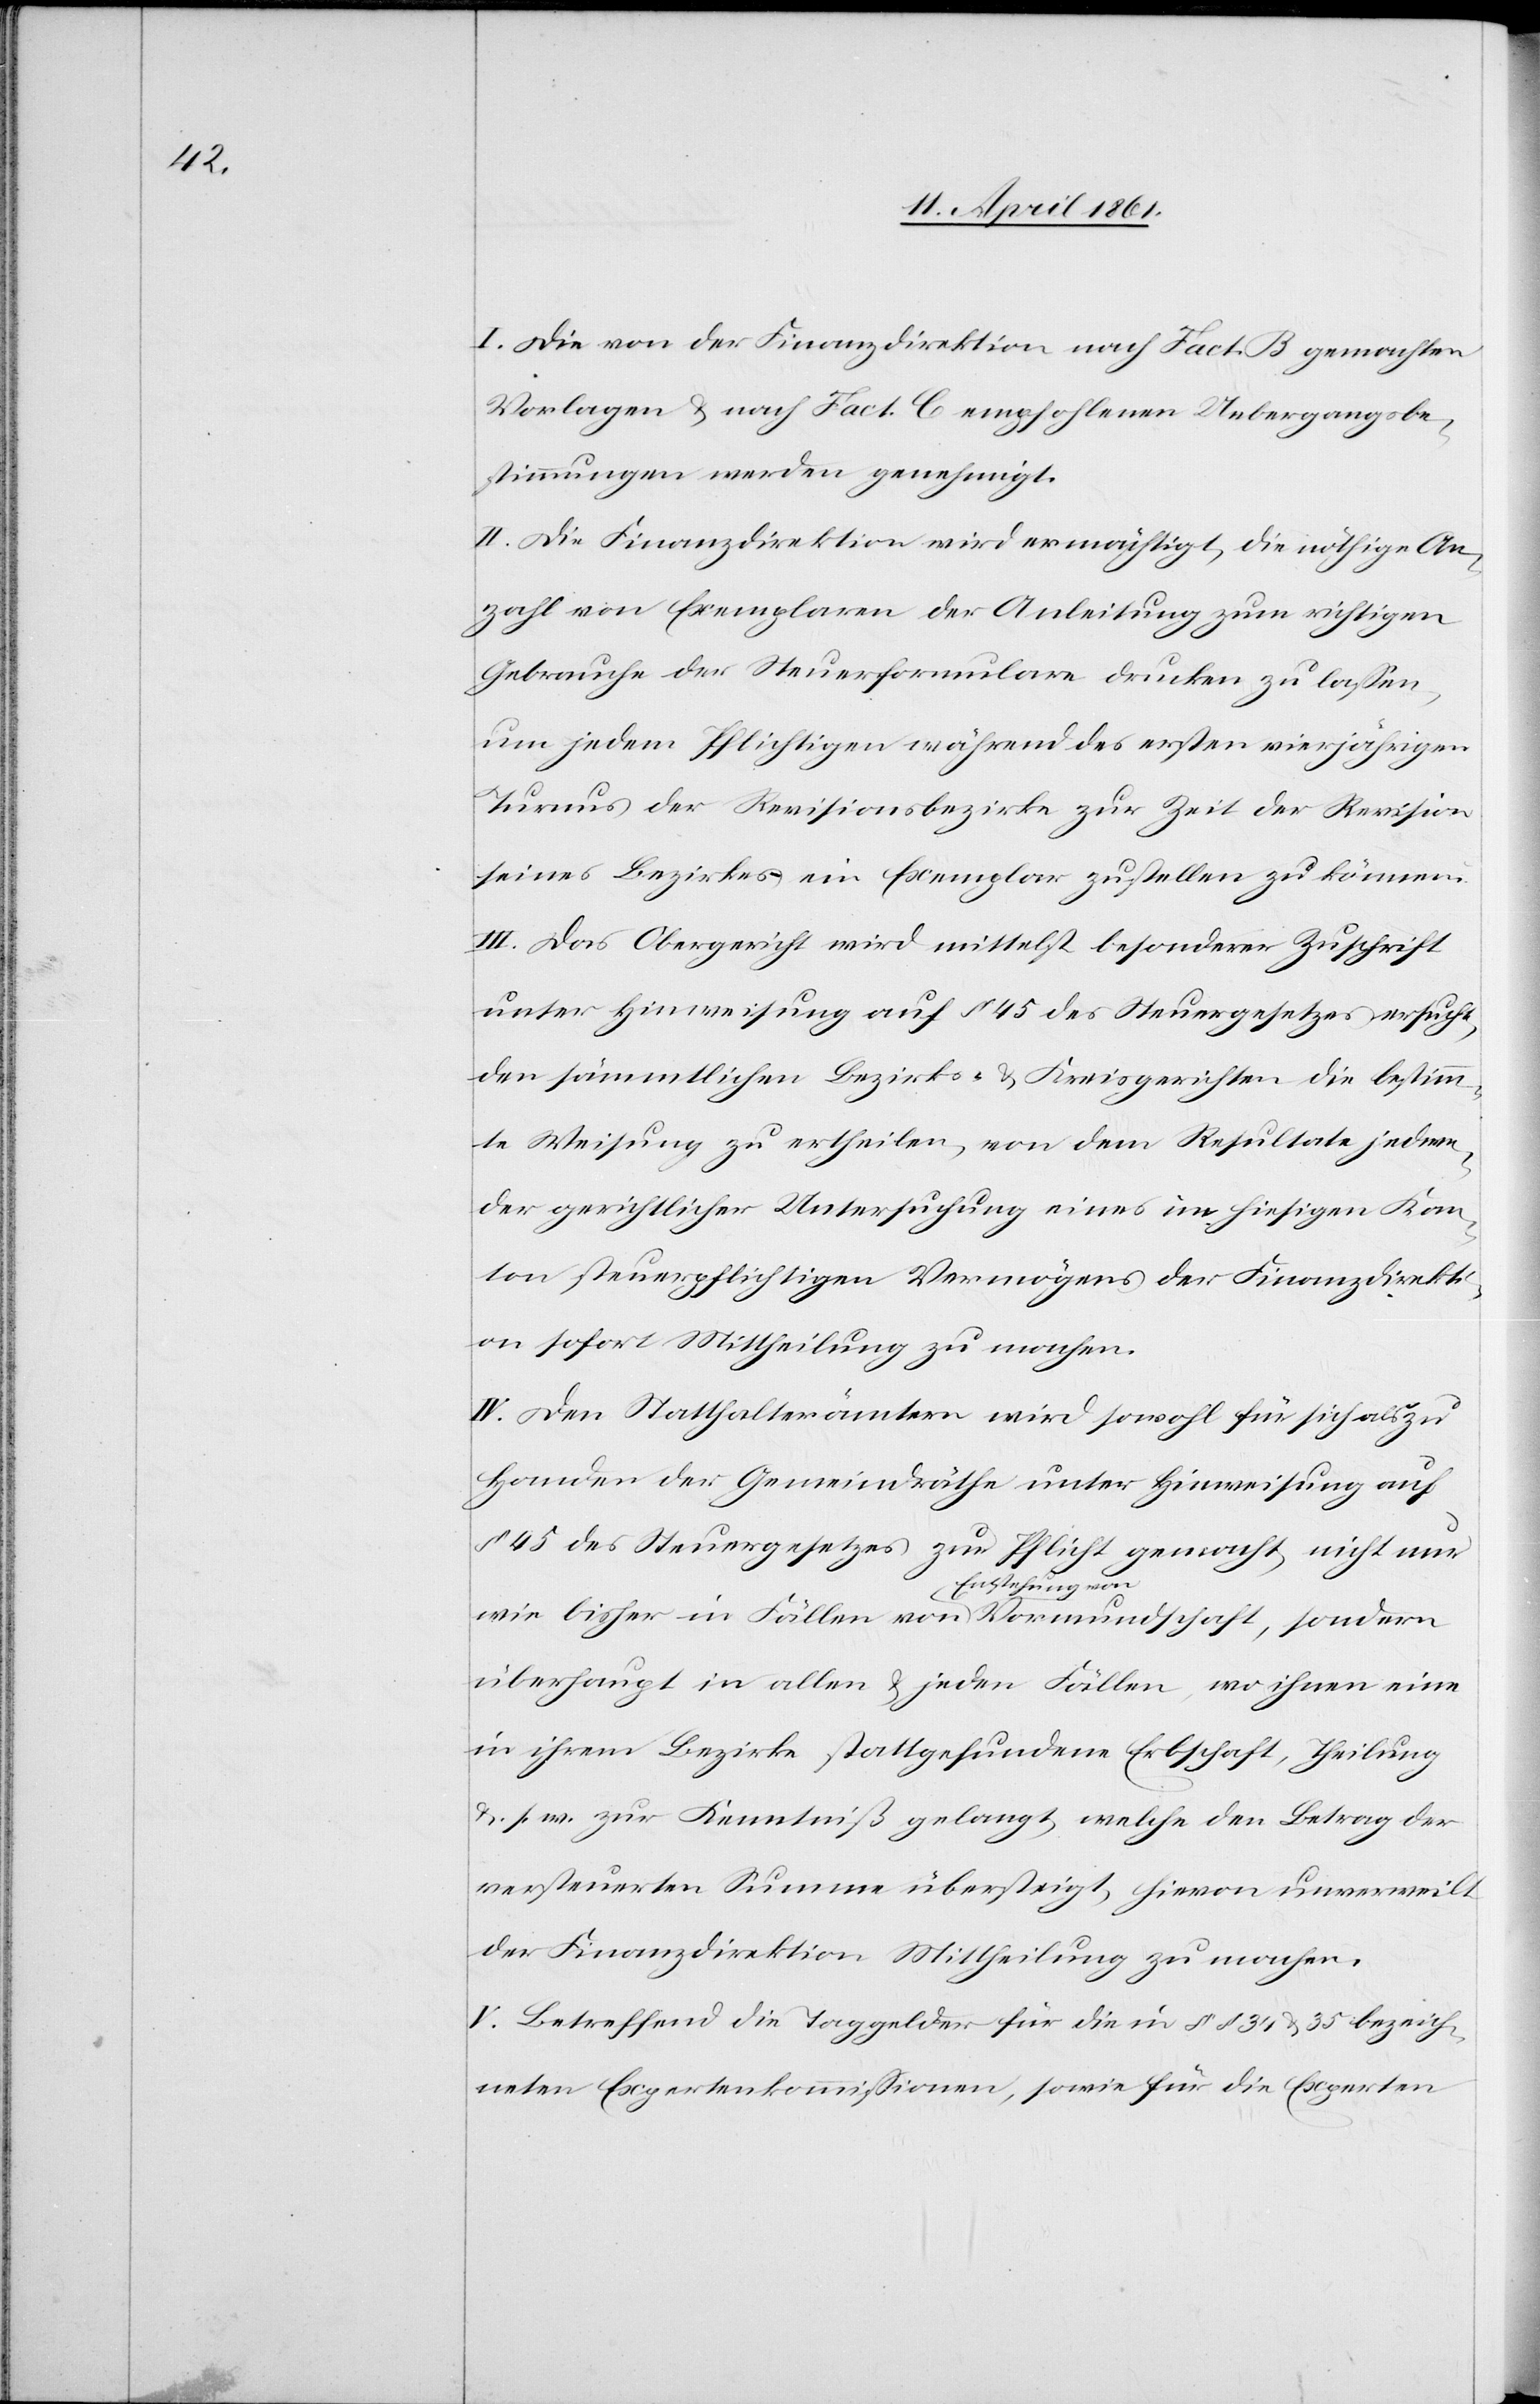
I. Die von der Finanzdirektion nach Fact. B gemachten
Vorlagen u. nach Fact. C empfohlenen Uebergangsbe¬
stimmungen werden genehmigt.
II. Die Finanzdirektion wird ermächtigt, die nöthige An¬
zahl von Exemplaren der Anleitung zum richtigen
Gebrauche der Steuerformulare drucken zu lassen,
um jedem Pflichtigen während des ersten vierjährigen
Turnus der Revisionsbezirke zur Zeit der Revision
seines Bezirkes ein Exemplar zustellen zu können.
III. Das Obergericht wird mittelst besonderer Zuschrift
unter Hinweisung auf § 45 des Steuergesetzes ersucht,
den sämmtlichen Bezirks- u. Kreisgerichten die bestimm¬
te Weisung zu ertheilen, von dem Resultate jedem
der gerichtlicher Untersuchung eines im hiesigen Kan¬
ton steuerpflichtigen Vermögens der Finanzdirekti¬
on sofort Mittheilung zu machen.
IV. Den Statthalterämtern wird sowohl für sich als zu
Handen der Gemeindräthe unter Hinweisung auf
§ 45 des Steuergesetzes zur Pflicht gemacht, nicht nur
wie bisher in Fällen von Entstehung von Vormundschaft, sondern
überhaupt in allen u. jeden Fällen, wo ihnen eine
in ihrem Bezirke stattgefundene Erbschaft, Theilung
u. s. w. zur Kenntniß gelangt, welche den Betrag der
versteuerten Summe übersteigt, hievon unverweilt
der Finanzdirektion Mittheilung zu machen.
V. Betreffend die Taggelder für die in §§ 34 u. 35 bezeich¬
neten Expertenkommissionen, sowie für die Experten